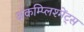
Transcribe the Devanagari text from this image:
अकम्प्लिश्मेंट्स